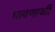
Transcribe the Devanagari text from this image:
धावणार्याी